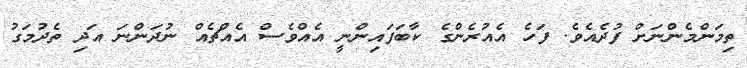
ތިމަންމެންނަށް ފުދެއެވެ. ފަހެ އެއުރެންގެ ކާބަފައިންނީ އެއްވެސް އެއްޗެއް ނުދަންނަ އަދި ތެދުމަގު